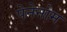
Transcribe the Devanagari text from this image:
पेनेनोम